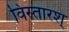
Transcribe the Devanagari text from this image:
विस्तारश्